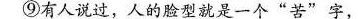
⑨有人说过，人的脸型就是一个“苦”字，